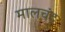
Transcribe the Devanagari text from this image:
मालचंद